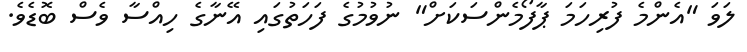
ލަވަ "އެންމެ ފުރިހަމަ ޕާފޯމެންސަކަށް" ނުވުމުގެ ފަހަތުގައި އޭނާގެ ހިއްސާ ވެސް ބޮޑެވެ.